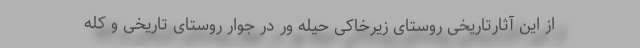
از این آثارتاریخی روستای زیرخاکی حیله ور در جوار روستای تاریخی و کله